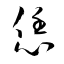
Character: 恁